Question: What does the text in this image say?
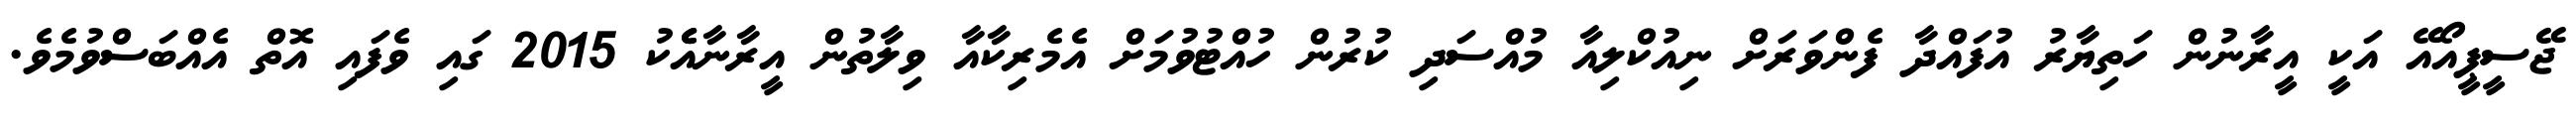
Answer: ޖޭސީޕީއޯއޭ އަކީ އީރާނުން ހަތިޔާރު އުފައްދާ ފެންވަރަށް ނިއުކްލިއާ މުއްސަދި ކުރުން ހުއްޓުވުމަށް އެމެރިކާއާ ވިލާތުން އީރާނާއެެކު 2015 ގައި ވެފައި އޮތް އެއްބަސްވުމެވެ.